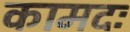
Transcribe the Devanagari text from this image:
कामदः